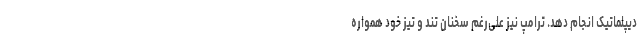
دیپلماتیک انجام دهد. ترامپ نیز علی‌رغم سخنان تند و تیز خود همواره